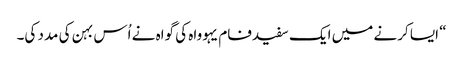
‏“‏ ایسا کرنے میں ایک سفیدفام یہوواہ کی گواہ نے اُس بہن کی مدد کی۔